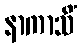
နာကာသိံ